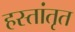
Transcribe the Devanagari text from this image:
हस्तांतृत